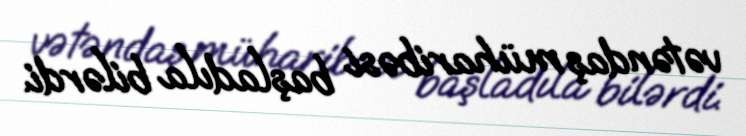
vətəndaş müharibəsi başladıla bilərdi.